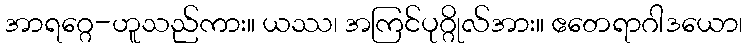
အာရဂ္ဂေ-ဟူသည်ကား။ ယဿ၊ အကြင်ပုဂ္ဂိုလ်အား။ ဧတေရာဂါဒယော၊